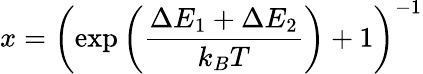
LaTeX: x=\left(\exp\left(\frac{\Delta E_{1}+\Delta E_{2}}{k_{B}T}\right)+1\right)^{-1}